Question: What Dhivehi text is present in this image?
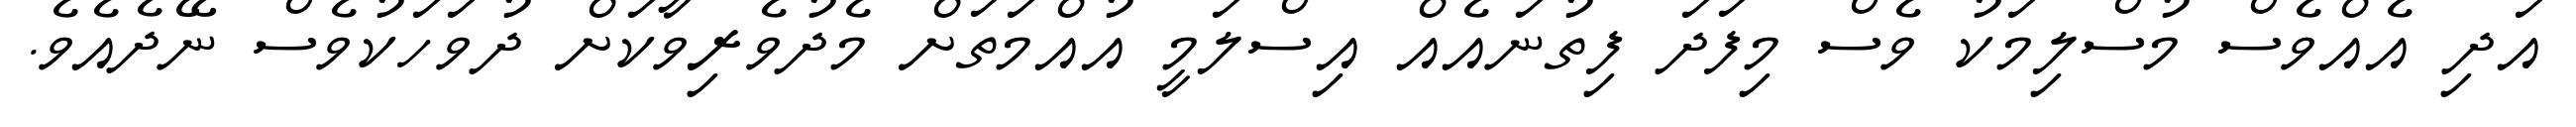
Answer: އަދި އެއްވެސް މުސްލިމަކު ވެސް މިފަދަ ފިތުނައެއް އިސްލަމީ އުއްމަތަށް މެދުވެރިވާކަށް ދުވަހަކުވެސް ނޭދެއެވެ.